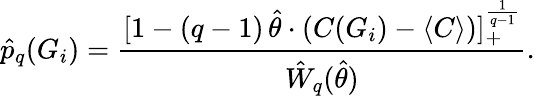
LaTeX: \hat{p}_{q}(G_{i})=\frac{[1-(q-1)\, \hat{\theta}\cdot(C(G_{i})-\langle C\rangle)]_{+}^{\frac{1}{q-1}}}{\hat{W}_{q}(\hat{\theta})}.